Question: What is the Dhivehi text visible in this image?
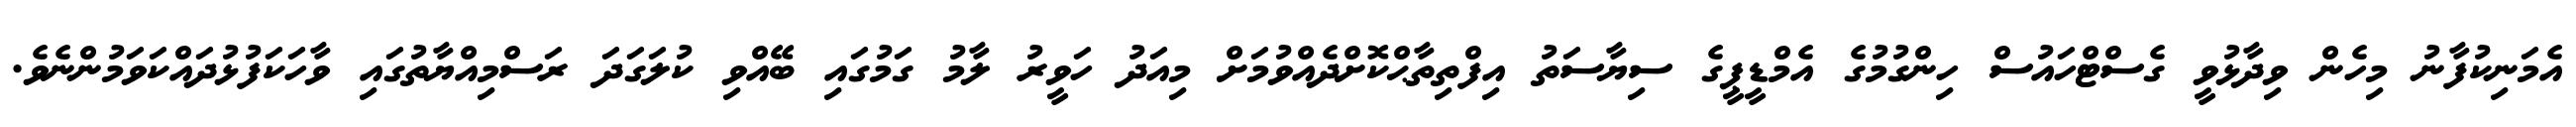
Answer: އެމަނިކުފާނު މިހެން ވިދާޅުވީ ގެސްޓްހައުސް ހިންގުމުގެ އެމްޑީޕީގެ ސިޔާސަތު އިފްތިތާޙްކޮށްދެއްވުމަށް މިއަދު ހަވީރު ލާމު ގަމުގައި ބޭއްވި ކުލަގަދަ ރަސްމިއްޔާތުގައި ވާހަކަފުޅުދައްކަވަމުންނެވެ.